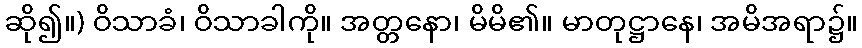
ဆို၍။) ဝိသာခံ၊ ဝိသာခါကို။ အတ္တနော၊ မိမိ၏။ မာတုဋ္ဌာနေ၊ အမိအရာ၌။